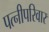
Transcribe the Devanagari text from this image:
पत्नीपरिवार